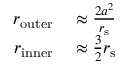
\begin{array} { r l } { r _ { \mathrm { o u t e r } } } & { { } \approx { \frac { 2 a ^ { 2 } } { r _ { \mathrm { { s } } } } } } \\ { r _ { \mathrm { i n n e r } } } & { { } \approx { \frac { 3 } { 2 } } r _ { \mathrm { { s } } } } \end{array}